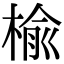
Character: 楡